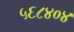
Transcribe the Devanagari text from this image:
५६८४०४